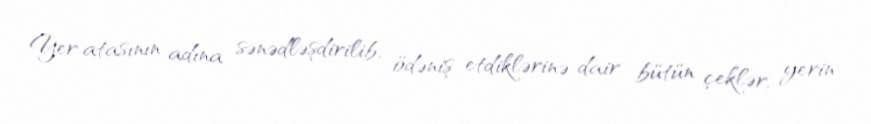
Yer atasının adına sənədləşdirilib, ödəniş etdiklərinə dair bütün çeklər, yerin